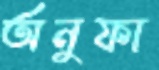
অনুফা